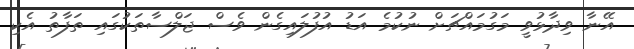
އޭނާ ވިދާޅުވީ މަގުމައްޗަށް ނުކުމެ އަޑު އުފުލައިގެން ވެސް ޖަލްސާތަކުގައި ތަފާތު އެކި